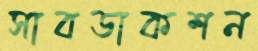
সাবডাকশন